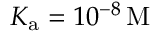
K _ { \mathrm { a } } = 1 0 ^ { - 8 } \, \mathrm { M }